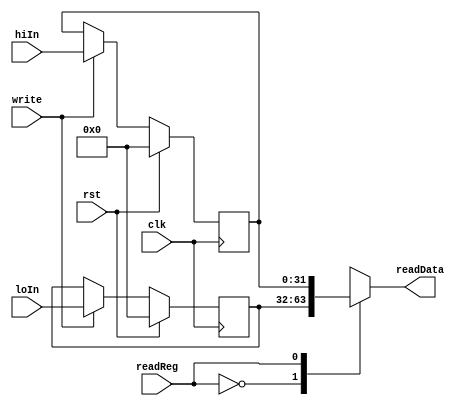
module hi_lo_reg(hiIn, loIn, clk, rst, write, readReg, readData);
  input [31:0] hiIn, loIn;
  input clk, rst, write, readReg;
  output [31:0] readData;
  reg [31:0] hiloReg [0:1];
  assign readData = hiloReg[readReg];
  always @(posedge clk)
  begin
    if(rst)
    begin
      hiloReg[0] = 32'b0;
      hiloReg[1] = 32'b0;
    end
    else if(write)
    begin
      hiloReg[0] = loIn;
      hiloReg[1] = hiIn;
    end
  end
endmodule